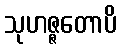
သုဟဇ္ဇတောပိ